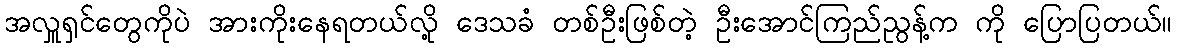
အလှူရှင်တွေကိုပဲ အားကိုးနေရတယ်လို့ ဒေသခံ တစ်ဦးဖြစ်တဲ့ ဦးအောင်ကြည်ညွန့်က ကို ပြောပြတယ်။